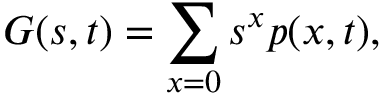
G ( s , t ) = \sum _ { x = 0 } s ^ { x } p ( x , t ) ,